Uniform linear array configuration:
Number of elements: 4
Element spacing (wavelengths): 1
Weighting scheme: uniform
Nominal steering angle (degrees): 0
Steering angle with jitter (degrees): -0.9711
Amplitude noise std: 0.05
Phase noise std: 0.05

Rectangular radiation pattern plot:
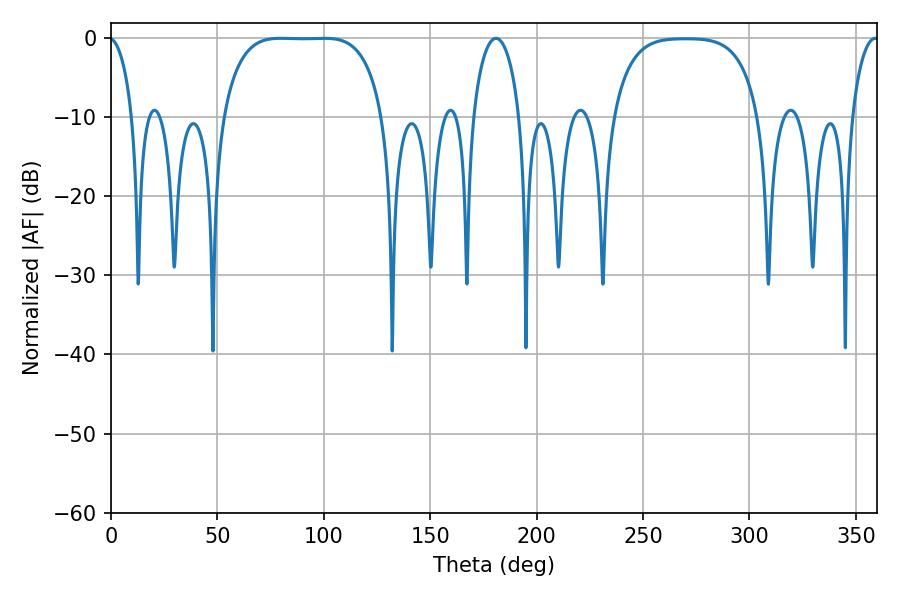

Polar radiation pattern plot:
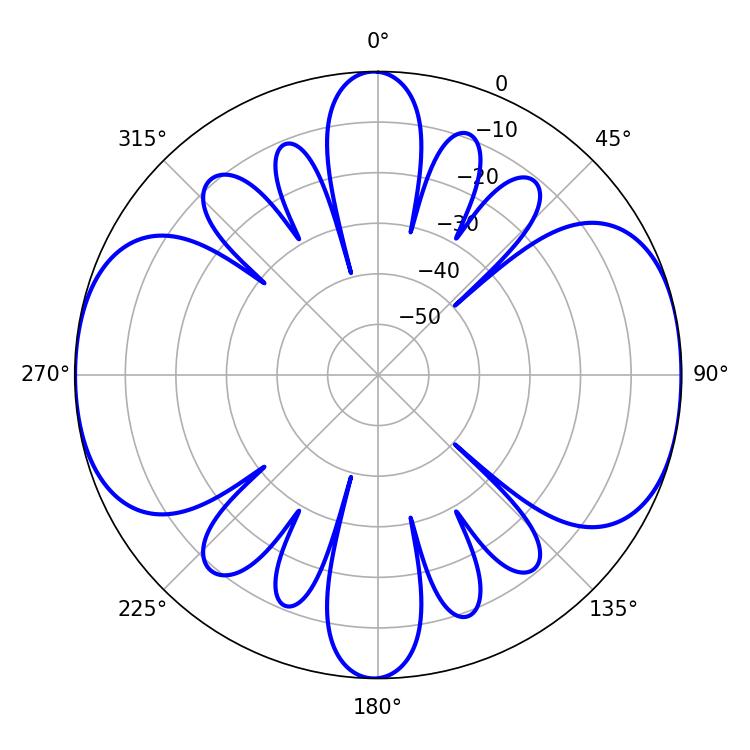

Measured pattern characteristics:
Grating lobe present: TRUE
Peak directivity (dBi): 12.024
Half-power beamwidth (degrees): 12.6
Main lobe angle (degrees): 180.9